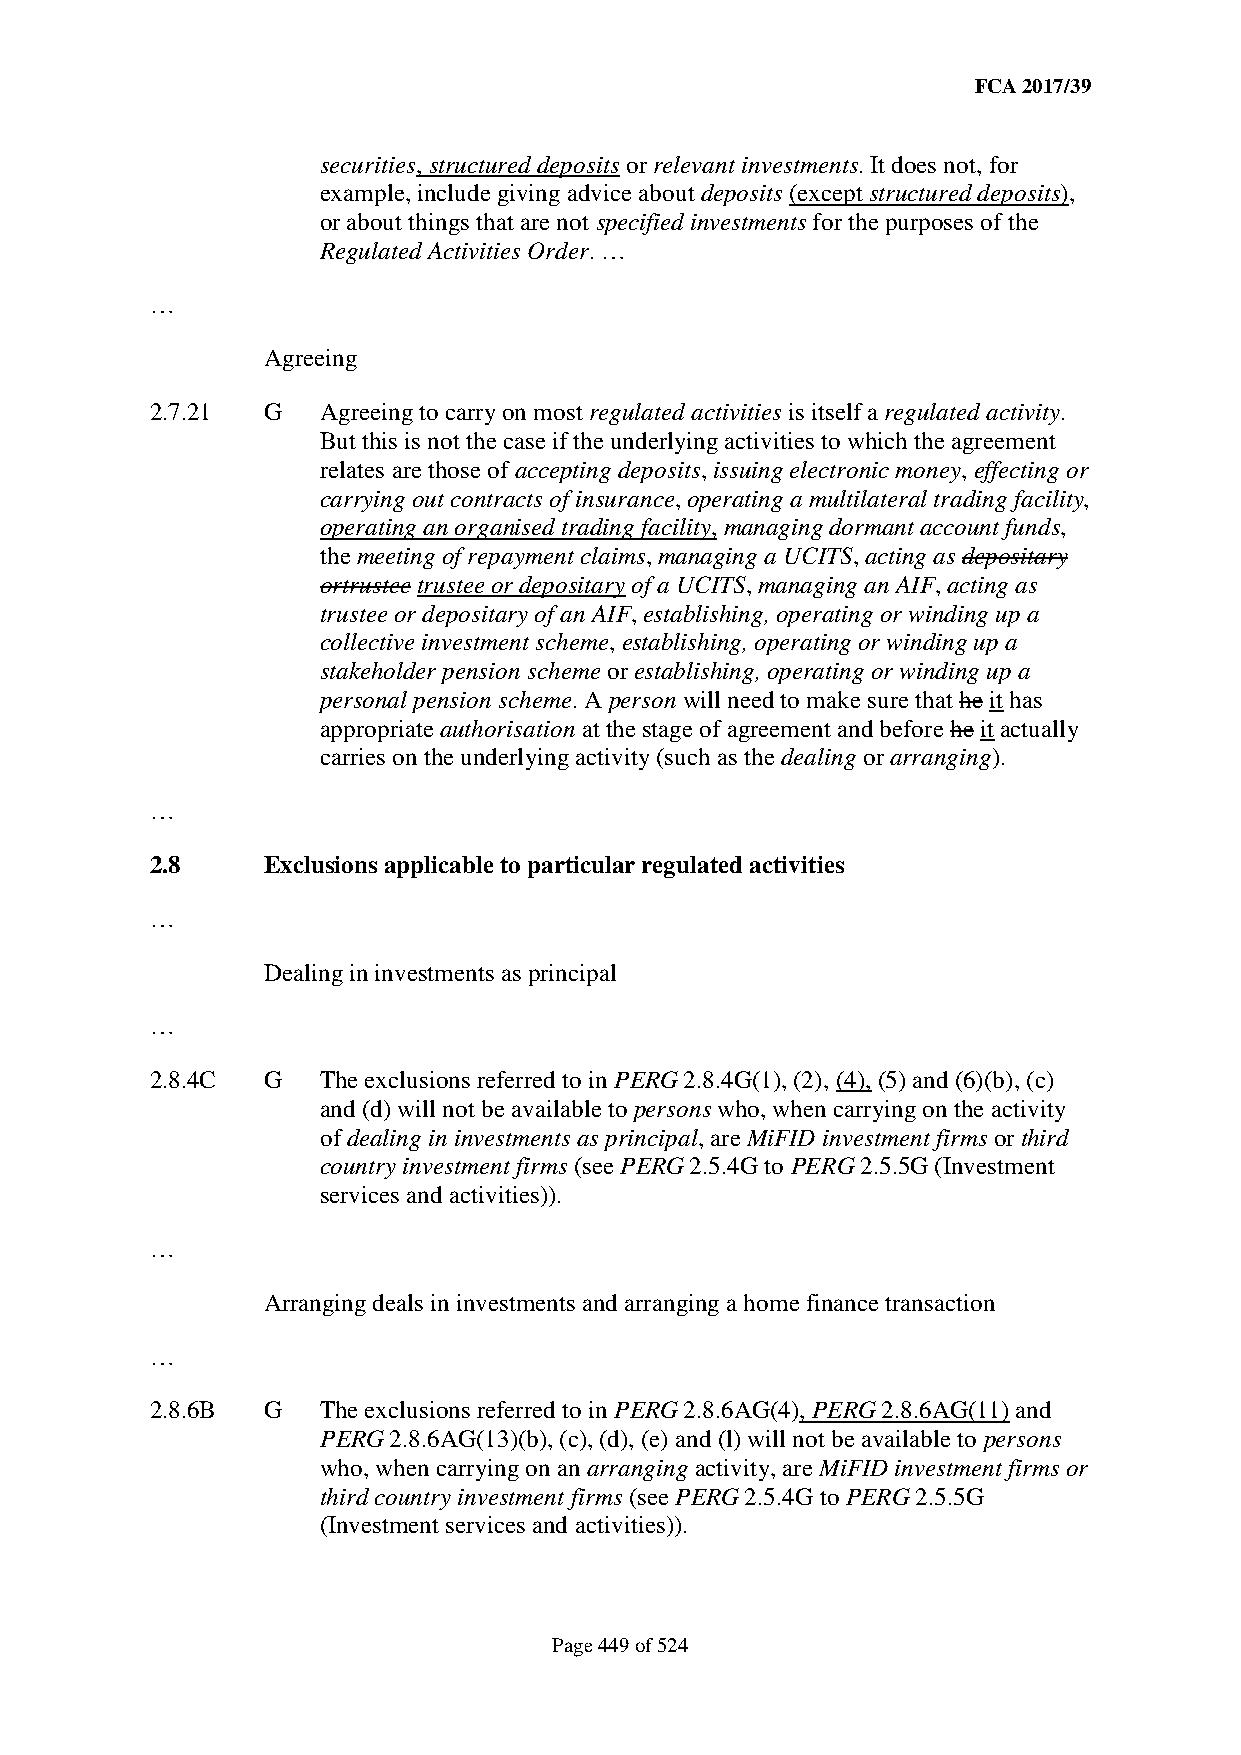
FCA 2017/39
 securities, structured deposits or relevant investments. It does not, for
 example, include giving advice about deposits (except structured deposits),
 or about things that are not specified investments for the purposes of the
 Regulated Activities Order. …
 …
 Agreeing
 2.7.21 G   Agreeing to carry on most regulated activities is itself a regulated activity.
 But this is not the case if the underlying activities to which the agreement
 relates are those of accepting deposits, issuing electronic money, effecting or
 carrying out contracts of insurance, operating a multilateral trading facility,
 operating an organised trading facility, managing dormant account funds,
 the meeting of repayment claims, managing a UCITS, acting as depositary
 ortrustee trustee or depositary of a UCITS, managing an AIF, acting as
 trustee or depositary of an AIF, establishing, operating or winding up a
 collective investment scheme, establishing, operating or winding up a
 stakeholder pension scheme or establishing, operating or winding up a
 personal pension scheme. A person will need to make sure that he it has
 appropriate authorisation at the stage of agreement and before he it actually
 carries on the underlying activity (such as the dealing or arranging).
 …
 2.8    Exclusions applicable to particular regulated activities
 …
 Dealing in investments as principal
 …
 2.8.4C G   The exclusions referred to in PERG 2.8.4G(1), (2), (4), (5) and (6)(b), (c)
 and (d) will not be available to persons who, when carrying on the activity
 of dealing in investments as principal, are MiFID investment firms or third
 country investment firms (see PERG 2.5.4G to PERG 2.5.5G (Investment
 services and activities)).
 …
 Arranging deals in investments and arranging a home finance transaction
 …
 2.8.6B G   The exclusions referred to in PERG 2.8.6AG(4), PERG 2.8.6AG(11) and
 PERG 2.8.6AG(13)(b), (c), (d), (e) and (l) will not be available to persons
 who, when carrying on an arranging activity, are MiFID investment firms or
 third country investment firms (see PERG 2.5.4G to PERG 2.5.5G
 (Investment services and activities)).
 Page 449 of 524